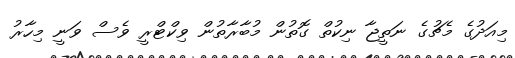
މިއަދުގެ މެޗުގެ ނަތީޖާ ނިކުތް ގޮތުން މުބާރާތުން ވިކްޓްރީ ވެސް ވަނީ މިހާރު